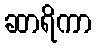
ဆာရိကာ